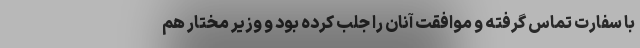
با سفارت تماس گرفته و موافقت آنان را جلب کرده بود و وزیر مختار هم